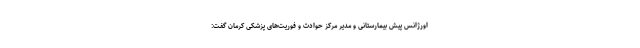
اورژانس پیش بیمارستانی و مدیر مرکز حوادث و فوریت‌های پزشکی کرمان گفت: